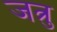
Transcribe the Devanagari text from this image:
जत्रु